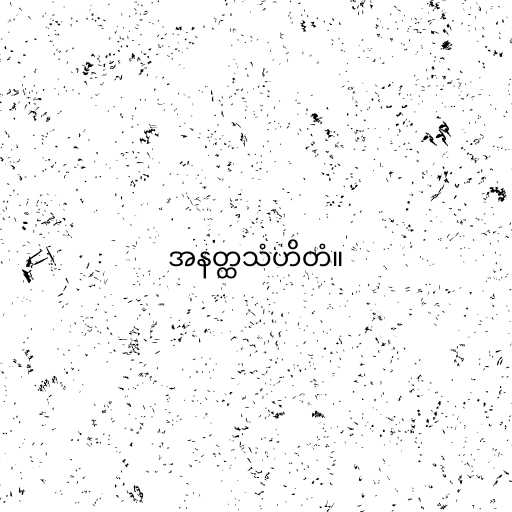
အနတ္ထသံဟိတံ။